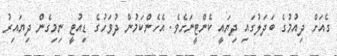
ގެއަށް ދިއުމުގެ ބަދަލުގައި ދިޔައީ ކެންޓީނަށެވެ. އެހެންކަމުން ދުވަހުގެ ޑިއުޓީ ނިމިގެން ދިޔައިރު